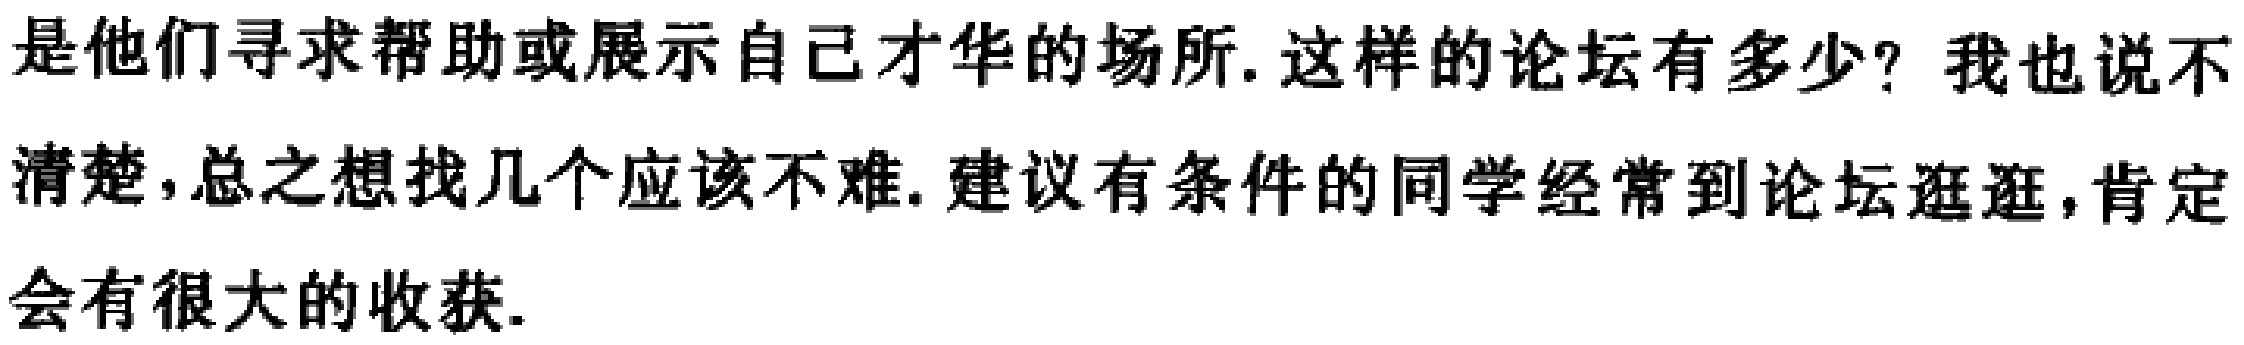
是他们寻求帮助或展示自己才华的场所. 这样的论坛有多少? 我也说不清楚,总之想找几个应该不难. 建议有条件的同学经常到论坛逛逛,肯定会有很大的收获.